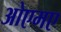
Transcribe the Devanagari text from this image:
ओएमए